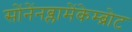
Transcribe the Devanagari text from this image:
सोंनेंनब्लामेंकेम्ब्रोट